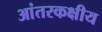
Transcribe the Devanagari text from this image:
आंतरकक्षीय